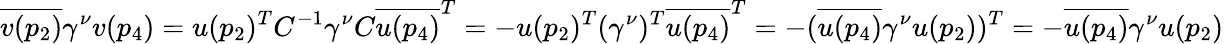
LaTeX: \overline{{v(p_{2})}}\gamma^{\nu}v(p_{4})=u(p_{2})^{T}C^{-1}\gamma^{\nu}C\overline{{u(p_{4})}}^{T}=-u(p_{2})^{T}(\gamma^{\nu})^{T}\overline{{u(p_{4})}}^{T}=-(\overline{{u(p_{4})}}\gamma^{\nu}u(p_{2}))^{T}=-\overline{{u(p_{4})}}\gamma^{\nu}u(p_{2})